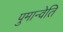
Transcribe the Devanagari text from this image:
पुमान्वेति